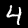
Label: 4